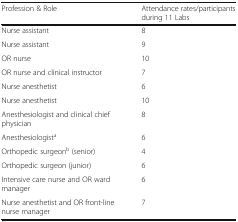
<table><thead><tr><td><b>Profession &amp; Role</b></td><td><b>Attendance rates/participants during 11 Labs</b></td></tr></thead><tbody><tr><td>Nurse assistant</td><td>8</td></tr><tr><td>Nurse assistant</td><td>9</td></tr><tr><td>OR nurse</td><td>10</td></tr><tr><td>OR nurse and clinical instructor</td><td>7</td></tr><tr><td>Nurse anesthetist</td><td>6</td></tr><tr><td>Nurse anesthetist</td><td>10</td></tr><tr><td>Anesthesiologist and clinical chief physician</td><td>8</td></tr><tr><td>Anesthesiologist<sup>a</sup></td><td>6</td></tr><tr><td>Orthopedic surgeon<sup>b</sup> (senior)</td><td>4</td></tr><tr><td>Orthopedic surgeon (junior)</td><td>6</td></tr><tr><td>Intensive care nurse and OR ward manager</td><td>6</td></tr><tr><td>Nurse anesthetist and OR front-line nurse manager</td><td>7</td></tr></tbody></table>